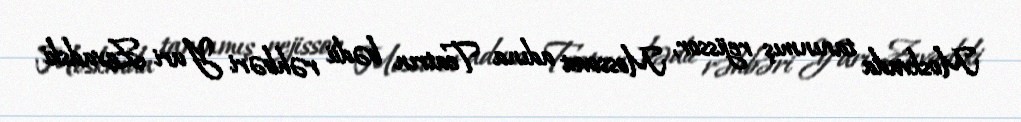
Moskvada tanınmış rejissor, Mossovet adına Teatrın bədii rəhbəri Yuri Zavadski